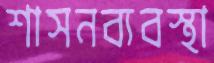
শাসনব্যবস্থা